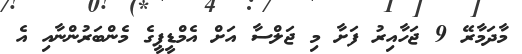
މާދަމާރޭ 9 ޖަހާއިރު ފަށާ މި ޖަލްސާ އަށް އެމްޑީޕީގެ މެންބަރުންނާއި އެ